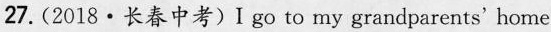
27.(2018·长春中考)I go to my grandparents' home